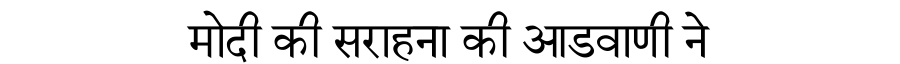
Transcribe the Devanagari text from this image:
मोदी की सराहना की आडवाणी ने